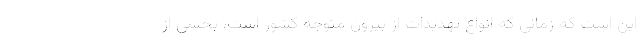
این است که زمانی که انواع تهدیدات از بیرون متوجه کشور است، بخشی از